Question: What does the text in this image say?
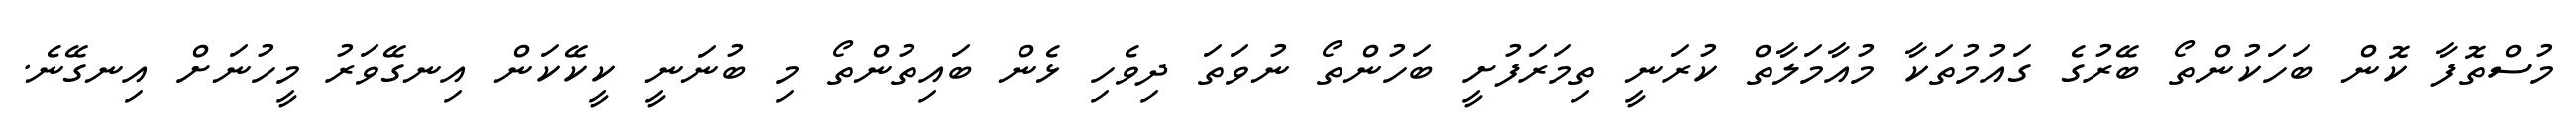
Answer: މުސްތޮފާ ކޮން ބަހަކުންތޯ ބޭރުގެ ގައުމުތަކާ މުއާމަލާތް ކުރަނީ ތިމަރަފުށީ ބަހުންތޯ ނުވަތަ ދިވެހި ޅެން ބައިތުންތޯ މި ބުނަނީ ކީކޭކަން އިނގޭވަރު މީހުނަށް އިނގޭނެ.